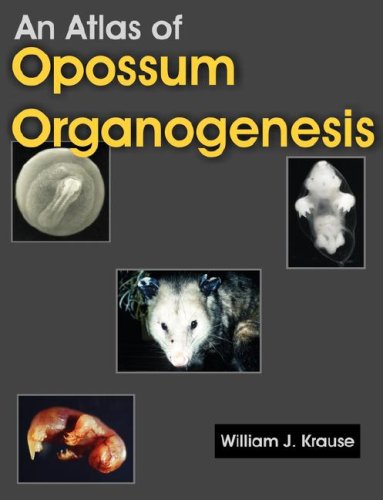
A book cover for An Atlas of Opossum Organogenesis: Opossum Development; William J. Krause; Medical Books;